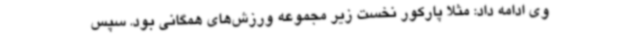
وی ادامه داد: مثلاً پارکور نخست زیر مجموعه ورزش‌های همگانی بود. سپس